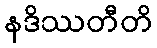
နဒိဿတီတိ